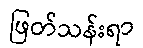
ဖြတ်သန်းရာ